Leprosy in India: report of the Leprosy Commission in India, 1890-91
Year: 1890
Disease focus: Leprosy
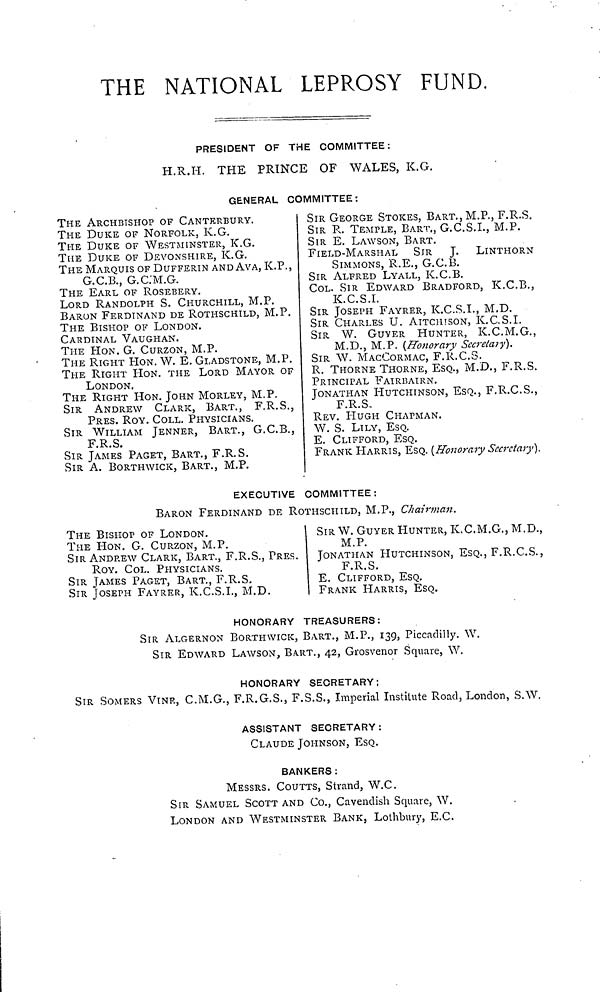
THE NATIONAL LEPROSY FUND.
PRESIDENT OF THE COMMITTEE:
H.R.H. THE PRINCE OF WALES, K.G.
GENERAL COMMITTEE:
THE ARCHBISHOP OF CANTERBURY.
THE DUKE OF NORFOLK, K.G.
THE DUKE OF WESTMINSTER, K.G.
THE DUKE OF DEVONSHIRE, K.G.
THE MARQUIS OF DUFFERIN AND AVA, K.P.,
G.C.B., G.C.M.G.
THE EARL OF ROSEBERY.
LORD RANDOLPH S. CHURCHILL, M.P.
BARON FERDINAND DE ROTHSCHILD, M.P.
THE BISHOP OF LONDON.
CARDINAL VAUGHAN.
THE HON. G. CURZON, M.P.
THE RIGHT HON. W. E. GLADSTONE, M.P.
THE RIGHT HON. THE LORD MAYOR OF
LONDON.
THE RIGHT HON. JOHN MORLEY, M.P.
SIR ANDREW CLARK, BART., F.R.S.,
PRES. ROY. COLL. PHYSICIANS.
SIR WILLIAM JENNER, BART., G.C.B.,
F.R.S.
SIR JAMES PAGET, BART., F.R.S.
SIR
A
"BORTHWICH BART
SIR GEORGE STOKES, BART., M.P., F.R.S.
SIR R. TEMPLE, BART., G.C.S.I., M.P.
SIR E. LAWSON, BART.
FIELD-MARSHAL
SIR J.
LINTHORN
SIMMONS, R.E., G.C.B.
SIR ALFRED LYALL, K.C.B.
COL. SIR EDWARD BRADFORD, K.C.B.,
K. C.S.I.
SIR JOSEPH FAYRER, K.C.S.I., M.D.
SIR CHARLES U. AITCIUSON, K.C.S.I.
SIR W. GUYER HUNTER, K.C.M.G.,
M.D., M.P. (Honorary Secretary).
SIR W. MACCORMAC, F.R.C.S.
R. THORNE THORNE, ESQ., M.D., F.R.S.
PRINCIPAL FAIRBAIRN.
JONATHAN HUTCHINSON, ESQ., F.R.C.S.,
F.R.S.
REV. HUGH CHAPMAN.
W. S. LILY, ESQ.
E. CLIFFORD, ESQ.
FRANK HARRIS, ESQ. (Honorary Secretary).
EXECUTIVE COMMITTEE:
BARON FERDINAND DE ROTHSCHILD, M.P., Chairman.
THE BISHOP OF LONDON.
THE HON. G. CURZON, M.P.
SIR ANDREW CLARK, BART., F.R.S., PRES.
ROY. COL. PHYSICIANS.
SIR JAMES PAGET, BART., F.R.S.
SIR JOSEPH FAYRER, K.C.S.I., M.D.
SIR W. GUYER HUNTER, K.C.M.G., M.D.,
M.P.
JONATHAN HUTCHINSON, ESQ., F.R.C.S.,
F.R.S.
E. CLIFFORD, ESQ.
FRANK HARRIS, ESQ.
HONORARY TREASURERS:
SIR ALGERNON BORTHWICK, BART., M.P., 139, Piccadilly. W.
SIR EDWARD LAWSON, BA.RT., 42, Grosvenor Square, W.
HONORARY SECRETARY;
SIR SOMERS VINE, C.M.G., F.R.G.S., F.S.S., Imperial Institute Road, London, S.W.
ASSISTANT SECRETARY:
CLAUDE JOHNSON, ESQ.
BANKERS :
MESSRS. COUTTS, Strand, W.C.
SIR SAMUEL SCOTT AND CO., Cavendish Square, W.
LONDON AND WESTMINSTER BANK S Lothbury, E.C.